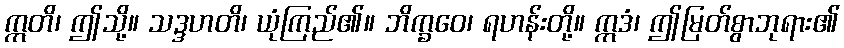
ဣတိ၊ ဤသို့။ သဒ္ဒဟတိ၊ ယုံကြည်၏။ ဘိက္ခဝေ၊ ရဟန်းတို့။ ဣဒံ၊ ဤမြတ်စွာဘုရား၏